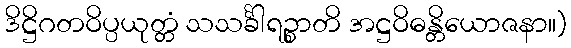
ဒိဋ္ဌိဂတဝိပ္ပယုတ္တံ သသင်္ခါရဉ္စာတိ အဋ္ဌဝိဓန္တိယောဇနာ။)